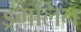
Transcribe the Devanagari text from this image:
ड्रमलिन